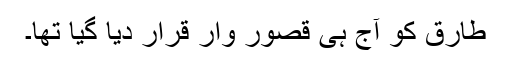
طارق کو آج ہی قصور وار قرار دیا گیا تھا۔